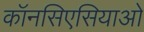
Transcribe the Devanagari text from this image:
कॉनसिएसियाओ